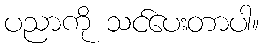
ပညာကို သင်ပေးတာပါ။